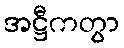
အဋ္ဌီကတွာ